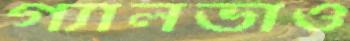
গ্যালভাও